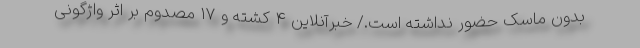
بدون ماسک حضور نداشته است./ خبرآنلاین ۴ کشته و ۱۷ مصدوم بر اثر واژگونی